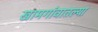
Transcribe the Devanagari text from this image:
खामगांवातल्या